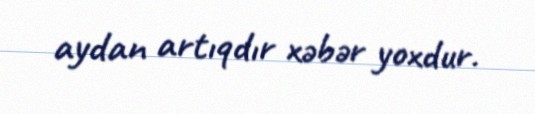
aydan artıqdır xəbər yoxdur.